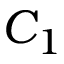
C _ { 1 }